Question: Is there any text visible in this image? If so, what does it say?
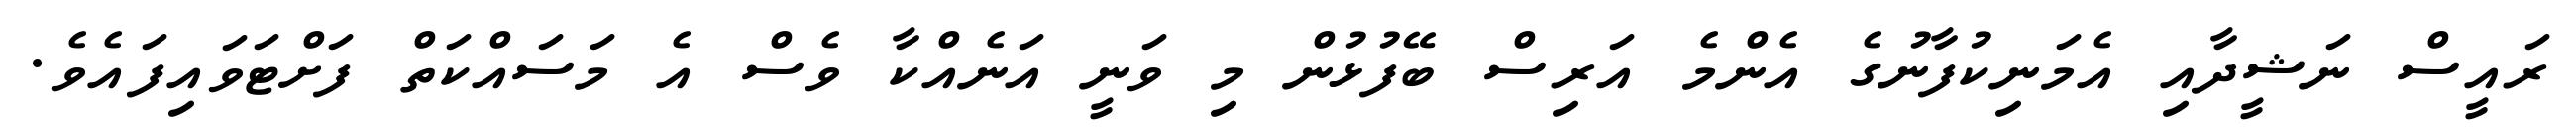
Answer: ރައީސް ނަޝީދާއި އެމަނިކުފާނުގެ އެންމެ އަރިސް ބޭފުޅުން މި ވަނީ އަނެއްކާ ވެސް އެ މަސައްކަތް ފަށްޓަވައިފައެވެ.